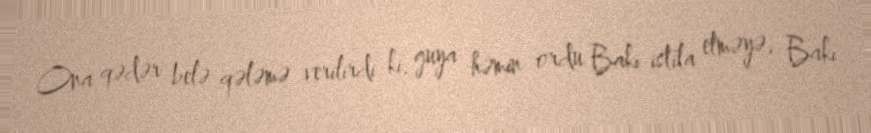
Ona qədər belə qələmə verilirdi ki, guya həmin ordu Bakı istila etməyə, Bakı